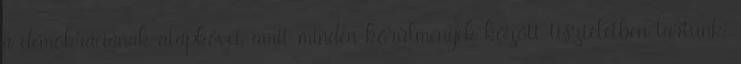
a demokráciának alapkövei, amit minden körülmények között tiszteletben tartunk.